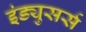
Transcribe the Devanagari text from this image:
इंड्युसर्स